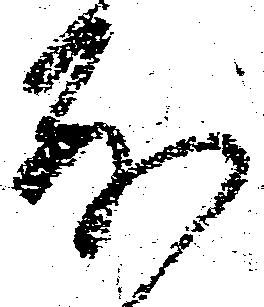
前